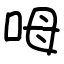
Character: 呣